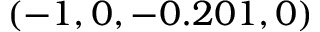
( - 1 , 0 , - 0 . 2 0 1 , 0 )